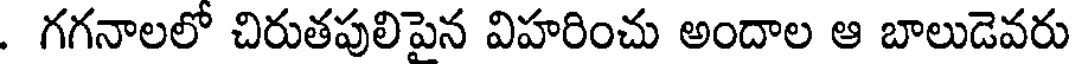
. గగనాలలో చిరుతపులిపైన విహరించు అందాల ఆ బాలుడెవరు